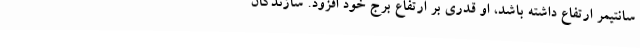
سانتیمر ارتفاع داشته باشد، او قدری بر ارتفاع برج خود افزود. سازندگان